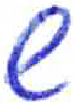
אות: ש